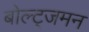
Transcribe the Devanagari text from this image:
बोल्ट्जमन